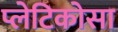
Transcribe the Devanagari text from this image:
प्लेटिकोसा